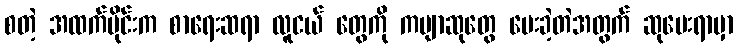
စတဲ့ အထက်ပိုင်းက စာရေးဆရာ လူငယ် တွေကို ကဗျာဆုတွေ ပေးခဲ့တဲအတွက် ဆုပေးရာမှာ